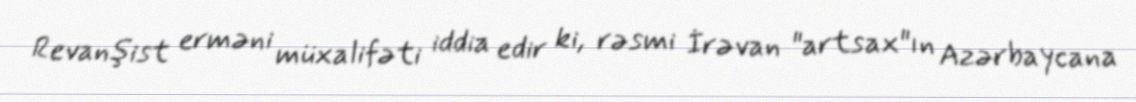
Revanşist erməni müxalifəti iddia edir ki, rəsmi İrəvan "artsax"ın Azərbaycana